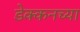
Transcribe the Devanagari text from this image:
डेक्कनच्या